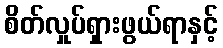
စိတ်လှုပ်ရှားဖွယ်ရာနှင့်